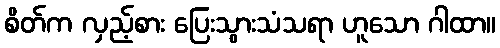
စိတ်က လှည့်စား ပြေးသွားသံသရာ ဟူသော ဂါထာ။